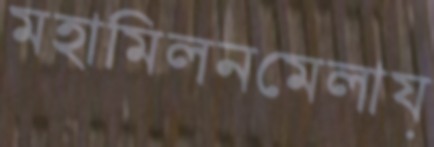
মহামিলনমেলায়